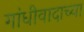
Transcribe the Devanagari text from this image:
गांधीवादाच्या